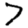
Digit: 7